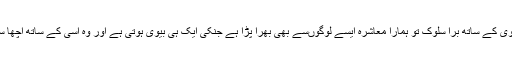
جہاں تک رہی دوسری شادی کے بعد پہلی بیوی کے ساتھ برا سلوک تو ہمارا معاشرہ ایسے لوگوں‌سے بھی بھرا پڑا ہے جنکی ایک ہی بیوی ہوتی ہے اور وہ اسی کے ساتھ اچھا سلوک نہیں‌کرتے اسکے حقوق ادا نہیں کرتے ۔